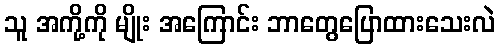
သူ အကို့ကို မျိုး အကြောင်း ဘာတွေပြောထားသေးလဲ